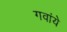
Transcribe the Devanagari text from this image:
गवांये